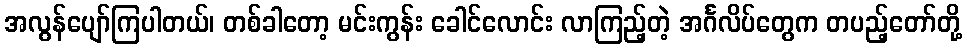
အလွန်ပျော်ကြပါတယ်၊ တစ်ခါတော့ မင်းကွန်း ခေါင်လောင်း လာကြည့်တဲ့ အင်္ဂလိပ်တွေက တပည့်တော်တို့